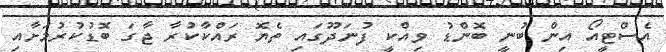
އެސްޓީއޯ އިން ބުނީ ބޮންޑު ވިއްކީ ފުނަދޫގައި ތެޔޮ ރައްކާކުރާ ޖާގަ ބޮޑުކުރުމަށާއި